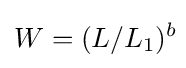
W=(L/L_{1})^{b}\!